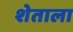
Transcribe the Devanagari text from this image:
शेताला